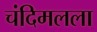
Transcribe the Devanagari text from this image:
चंदिमलला